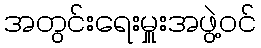
အတွင်းရေးမှူးအဖွဲ့ဝင်